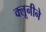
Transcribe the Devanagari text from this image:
क्लूनीने